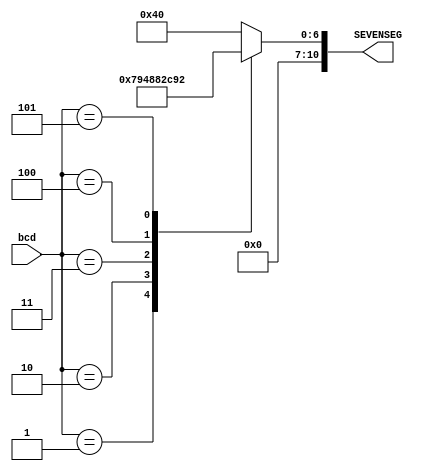
`timescale 1ns / 1ps
//////////////////////////////////////////////////////////////////////////////////
// Company: 
// Engineer: 
// 
// Design Name: 
// Module Name:    BCD_to_sevenaSeg 
// Project Name: 
// Target Devices: 
// Tool versions: 
// Description: 
//
// Dependencies: 
//
// Revision: 
// Revision 0.01 - File Created
// Additional Comments: 
//
//////////////////////////////////////////////////////////////////////////////////
module BCD_to_SevenSeg (bcd,SEVENSEG);
 	input [2:0] bcd;
	output reg [10:0] SEVENSEG;


  always @(*) begin
    case(bcd)
      3'b000: SEVENSEG = 7'b1000000; // 0
      3'b001: SEVENSEG= 7'b1111001; // 1
      3'b010: SEVENSEG = 7'b0100100; // 2
      3'b011: SEVENSEG = 7'b0100000; // 3
      3'b100: SEVENSEG = 7'b1011001;// 4
      3'b101: SEVENSEG = 7'b0010010;//5

      default: SEVENSEG = 7'b1000000;  // 0
    endcase
  end

endmodule